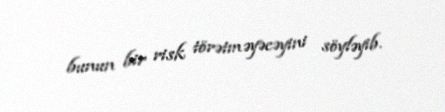
bunun bir risk törətməyəcəyini söyləyib.